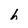
Character: h